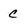
Character: c